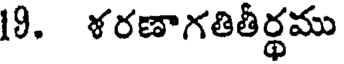
19. ళరణాగతితీర్థము